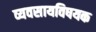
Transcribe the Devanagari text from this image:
व्यवसायविषयक